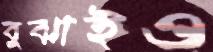
বুঝাইও